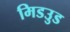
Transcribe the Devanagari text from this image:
मिडउुड